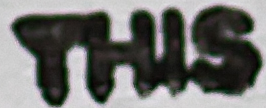
THIS